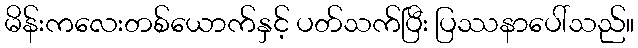
မိန်းကလေးတစ်ယောက်နှင့် ပတ်သက်ပြီး ပြဿနာပေါ်သည်။